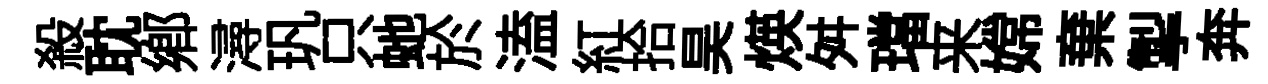
殺耽鄕潯㺬只虵於溘紅拾昊煐舛璫来嫦棄掣奔